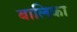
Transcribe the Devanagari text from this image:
बालिका